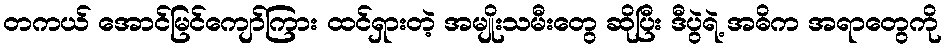
တကယ် အောင်မြင်ကျော်ကြား ထင်ရှားတဲ့ အမျိုးသမီးတွေ ဆိုပြီး ဒီပွဲရဲ့ အဓိက အရာတွေကို